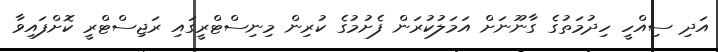
އަދި ސިއްހީ ހިދުމަތުގެ ގާނޫނަށް އަމަލުކުރަން ފެށުމުގެ ކުރިން މިނިސްޓްރީގައި ރަޖިސްޓްރީ ކޮށްފައިވާ